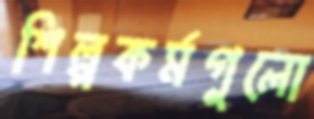
শিল্পকর্মগুলো